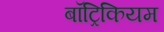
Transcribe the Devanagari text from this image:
बॉट्रिकियम